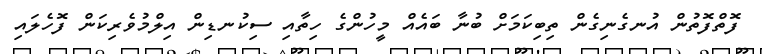
ފޮތްފޮތުން އުނގެނިގެން ތިބިކަމަށް ބުނާ ބައެއް މީހުންގެ ހިތާއި ސިކުނޑިން އިލްމުވެރިކަން ފޮހެލައި